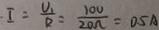
I = \frac { U _ { 1 } } { R } = \frac { 1 0 V } { 2 0 \Omega } = 0 . 5 A